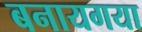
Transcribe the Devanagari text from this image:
बनायगया